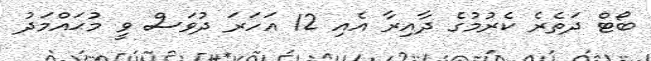
ބޯޓް ދަތެރެ ކެރުމުގެ ދާއިރާ އެއި 12 އަހަރަ ދުވަސް ވީ މުޙައްމަދު